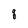
Character: q